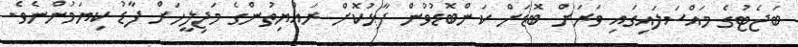
ބަޖެޓުގެ މައްސަލައިގައި ވަރަށް ބޮޑަށް ކަންބޮޑުވުން ފާޅުކޮށް ރައްޔިތުންގެ މަޖިލީހަށް ފާޑު ކިޔަމުންނެވެ.